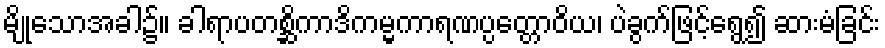
မျိုသောအခါ၌။ ခါရာပတစ္ဆိကာဒိကမ္မကာရဏပ္ပတ္တောဝိယ၊ ပဲခွက်ဖြင့်ရွေ၍ ဆားမံခြင်း